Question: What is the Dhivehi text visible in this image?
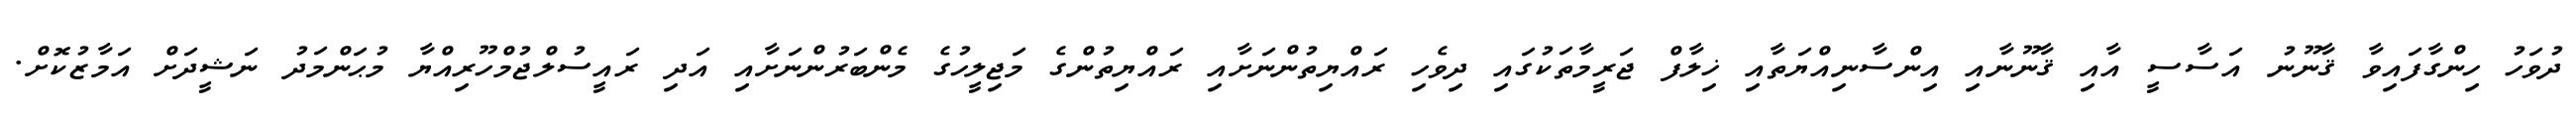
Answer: ދުވަހު ހިންގާފައިވާ ޤާނޫނު އަސާސީ އާއި ޤާނޫނާއި އިންސާނިއްޔަތާއި ޚިލާފް ޖަރީމާތަކުގައި ދިވެހި ރައްޔިތުންނަށާއި ރައްޔިތުންގެ މަޖިލީހުގެ މެންބަރުންނަށާއި އަދި ރައީސުލްޖުމްހޫރިއްޔާ މުޙަންމަދު ނަޝީދަށް އަމާޒުކޮށް.